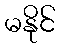
မနိုင်